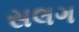
સલગ